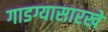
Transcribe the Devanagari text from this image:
गाडग्यासारखे